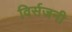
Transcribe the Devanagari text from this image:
विर्सजनी